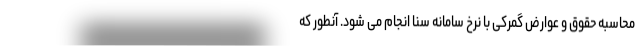
محاسبه حقوق و عوارض گمرکی با نرخ سامانه سنا انجام می شود. آنطور که